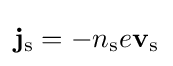
\mathbf {j} _{\rm {s}}=-n_{\rm {s}}e\mathbf {v} _{\rm {s}}